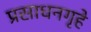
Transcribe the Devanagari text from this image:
प्रसाधनगृहे